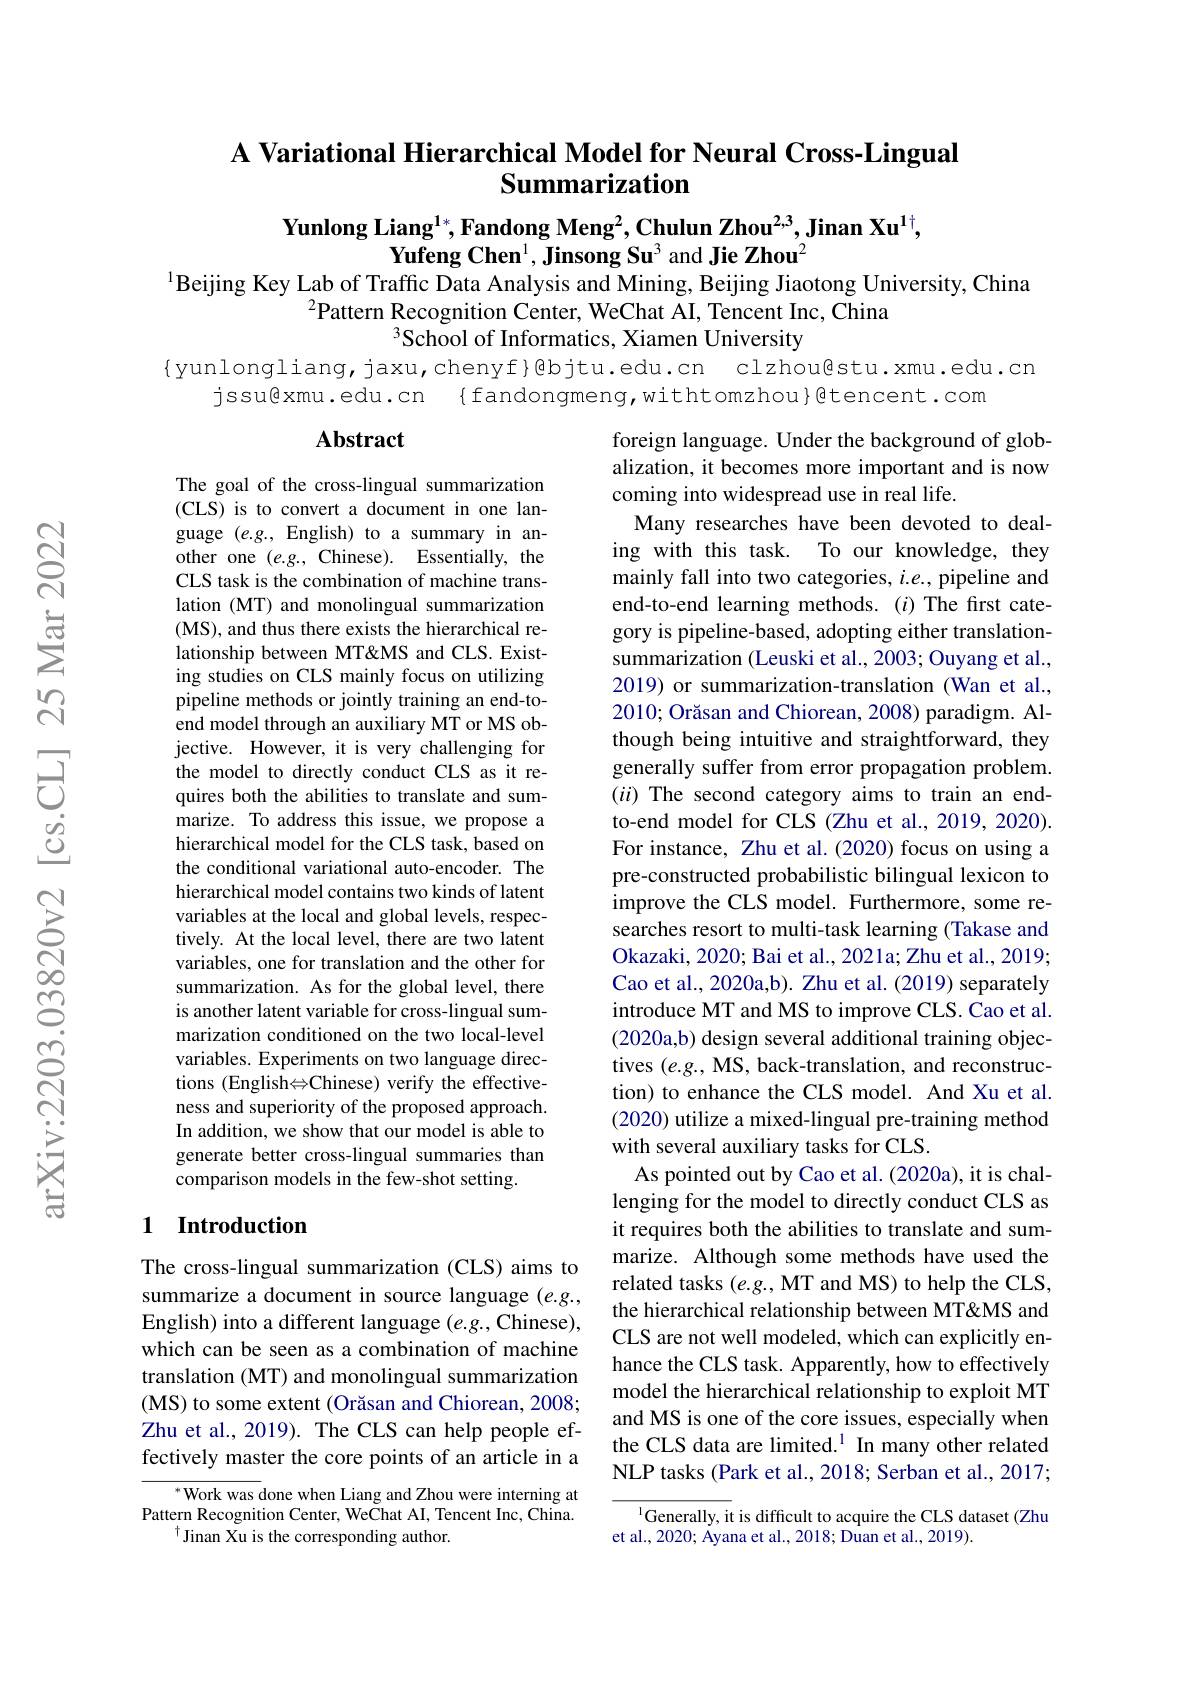
# A Variational Hierarchical Model for Neural Cross-Lingual Summarization

Yunlong Liang$^{1*}$,Fandong Meng$^2$,Chulun Zhou$^{2,3}$,Jinan Xu$^{1\dagger}$,
Yufeng Chen$^1,\textbf{Jinsong Su}^3$ and Jie Zhou$^2$
$^{1}$Beijing Key Lab of Traffic Data Analysis and Mining, Beijing Jiaotong University, China

$^2$Pattern Recognition Center, WeChat AI, Tencent Inc, China
$^{3}$School of Informatics, Xiamen University

{yunlongliang, jaxu,chenyf}@bjtu.edu.cn clzhou@stu.xmu.edu.cn
jssu@xmu.edu.cn {fandongmeng,withtomzhou}gtencent.com

## Abstract

The goal of the cross-lingual summarization (CLS) is to convert a document in one language $(e.g.$, English) to a summary in another one $(e.g.$, Chinese). Essentially, the CLS task is the combination of machine translation (MT) and monolingual summarization (MS), and thus there exists the hierarchical relationship between MT&MS and CLS. Existing studies on CLS mainly focus on utilizing pipeline methods or jointly training an end-toend model through an auxiliary MT or MS objective. However, it is very challenging for the model to directly conduct CLS as it requires both the abilities to translate and summarize. To address this issue, we propose a hierarchical model for the CLS task, based on the conditional variational auto-encoder. The hierarchical model contains two kinds of latent variables at the local and global levels, respectively. At the local level, there are two latent variables, one for translation and the other for summarization. As for the global level, there is another latent variable for cross-lingual summarization conditioned on the two local-level variables. Experiments on two language directions (English$\Leftrightarrow$Chinese) verify the effectiveness and superiority of the proposed approach. In addition, we show that our model is able to generate better cross-lingual summaries than comparison models in the few-shot setting.

foreign language. Under the background of globalization, it becomes more important and is now coming into widespread use in real life.
Many researches have been devoted to dealing with this task. To our knowledge, they mainly fall into two categories, $i.e.$, pipeline and end-to-end learning methods.($i$)The first category is pipeline-based, adopting either translationsummarization (Leuski et al., 2003; Ouyang et al., 2019) or summarization-translation (Wan et al., 2010; Orăsan and Chiorean, 2008) paradigm. Although being intuitive and straightforward, they generally suffer from error propagation problem. $(ii)$ The second category aims to train an endto-end model for CLS (Zhu et al., 2019, 2020). For instance, Zhu et al. (2020) focus on using a pre-constructed probabilistic bilingual lexicon to improve the CLS model. Furthermore, some researches resort to multi-task learning (Takase and Okazaki, 2020; Bai et al., 2021a; Zhu et al., 2019; Cao et al., 2020a,b). Zhu et al. (2019) separately introduce MT and MS to improve CLS. Cao et al. (2020a,b) design several additional training objectives $(e.g.$, MS, back-translation, and reconstruction) to enhance the CLS model. And Xu et al. (2020) utilize a mixed-lingual pre-training method with several auxiliary tasks for CLS.
As pointed out by Cao et al.(2020a), it is challenging for the model to directly conduct CLS as it requires both the abilities to translate and summarize. Although some methods have used the related tasks (e.g., MT and MS) to help the CLS, the hierarchical relationship between MT&MS and CLS are not well modeled, which can explicitly enhance the CLS task. Apparently, how to effectively model the hierarchical relationship to exploit MT and MS is one of the core issues, especially when the CLS data are limited.$^{1}$ In many other related NLP tasks (Park et al., 2018; Serban et al., 2017;
$^{1}$Generally, it is difficult to acquire the CLS dataset (Zhu

## 1 Introduction

The cross-lingual summarization (CLS) aims to summarize a document in source language $(e.g.$, English) into a different language $(e.g.$, Chinese), which can be seen as a combination of machine translation (MT) and monolingual summarization ( MS) to some extent ( Or$\breve{a}$san and Chiorean, 2008; Zhu et al., 2019). The CLS can help people effectively master the core points of an article in a

$^*$Work was done when Liang and Zhou were interning at Pattern Recognition Center, WeChat AI, Tencent Inc, China.
$^{\dagger}$Jinan Xu is the corresponding author.

et al., 2020; Äyana et al., 2018; Duan et al., 2019).